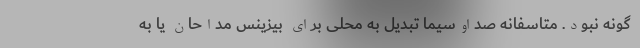
گونه نبود. متاسفانه صداوسیما تبدیل به محلی برای بیزینس مداحان یا به